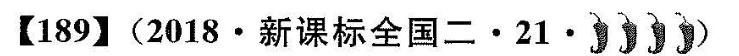
【189】（2018·新课标全国二·21）